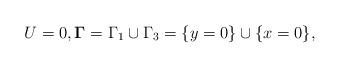
LaTeX: \begin{align*}U=0, {\boldsymbol\Gamma}=\Gamma_{1}\cup\Gamma_{3}=\{y=0 \}\cup\{x=0 \},\end{align*}